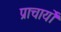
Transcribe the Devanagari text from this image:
प्राचार्यों